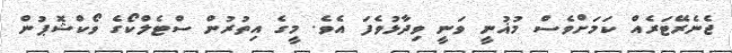
ޖެނެރޭޓަރެއް ކަމަށްވެސް މުޣުނީ ވަނީ ވިދާޅުވެފަ އެވެ. މީގެ އިތުރުން ސްޓެލްކޯގެ ވޯކްޝޮޕުން